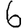
Digit: 6